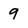
Character: 9